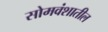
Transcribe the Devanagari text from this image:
सोमवंशातील